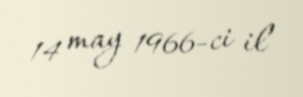
14 may 1966-ci il